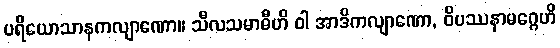
ပရိယောသာနကလျာဏော။ သီလသမာဓီဟိ ဝါ အာဒိကလျာဏော, ဝိပဿနာမဂ္ဂေဟိ